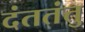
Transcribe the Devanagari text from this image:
दंततंतु